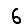
Digit: 6